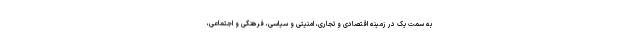
به سمت یک در زمینه اقتصادی و تجاری، امنیتی و سیاسی، فرهنگی و اجتماعی،